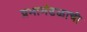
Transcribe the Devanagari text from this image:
प्रभामंडळाची